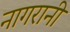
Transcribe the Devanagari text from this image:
नागरानी